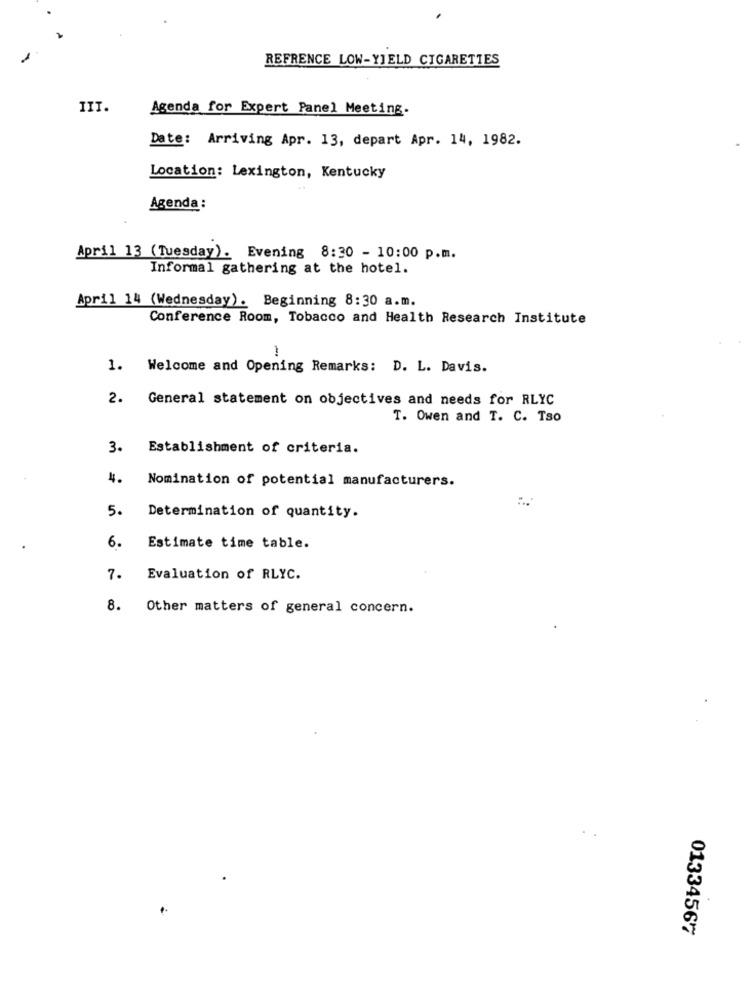
REFRENCE LOW-YIELD CIGARETTES
III.
Agenda for Expert Panel Meeting.
Date: Arriving Apr. 13, depart Apr. 14, 1982.
Location: Lexington, Kentucky
Agenda :
April 13 (Tuesday). Evening 8:30 - 10:00 p.m.
Informal gathering at the hotel.
April 14 (Wednesday). Beginning 8:30 a.m.
Conference Room, Tobacco and Health Research Institute
1.
Welcome and Opening Remarks: D. L. Davis.
2.
General statement on objectives and needs for RLYC
T. Owen and T. C. Tso
3.
Establishment of criteria.
4.
Nomination of potential manufacturers.
5.
Determination of quantity.
6.
Estimate time table.
7.
Evaluation of RLYC.
8.
Other matters of general concern.
01334567